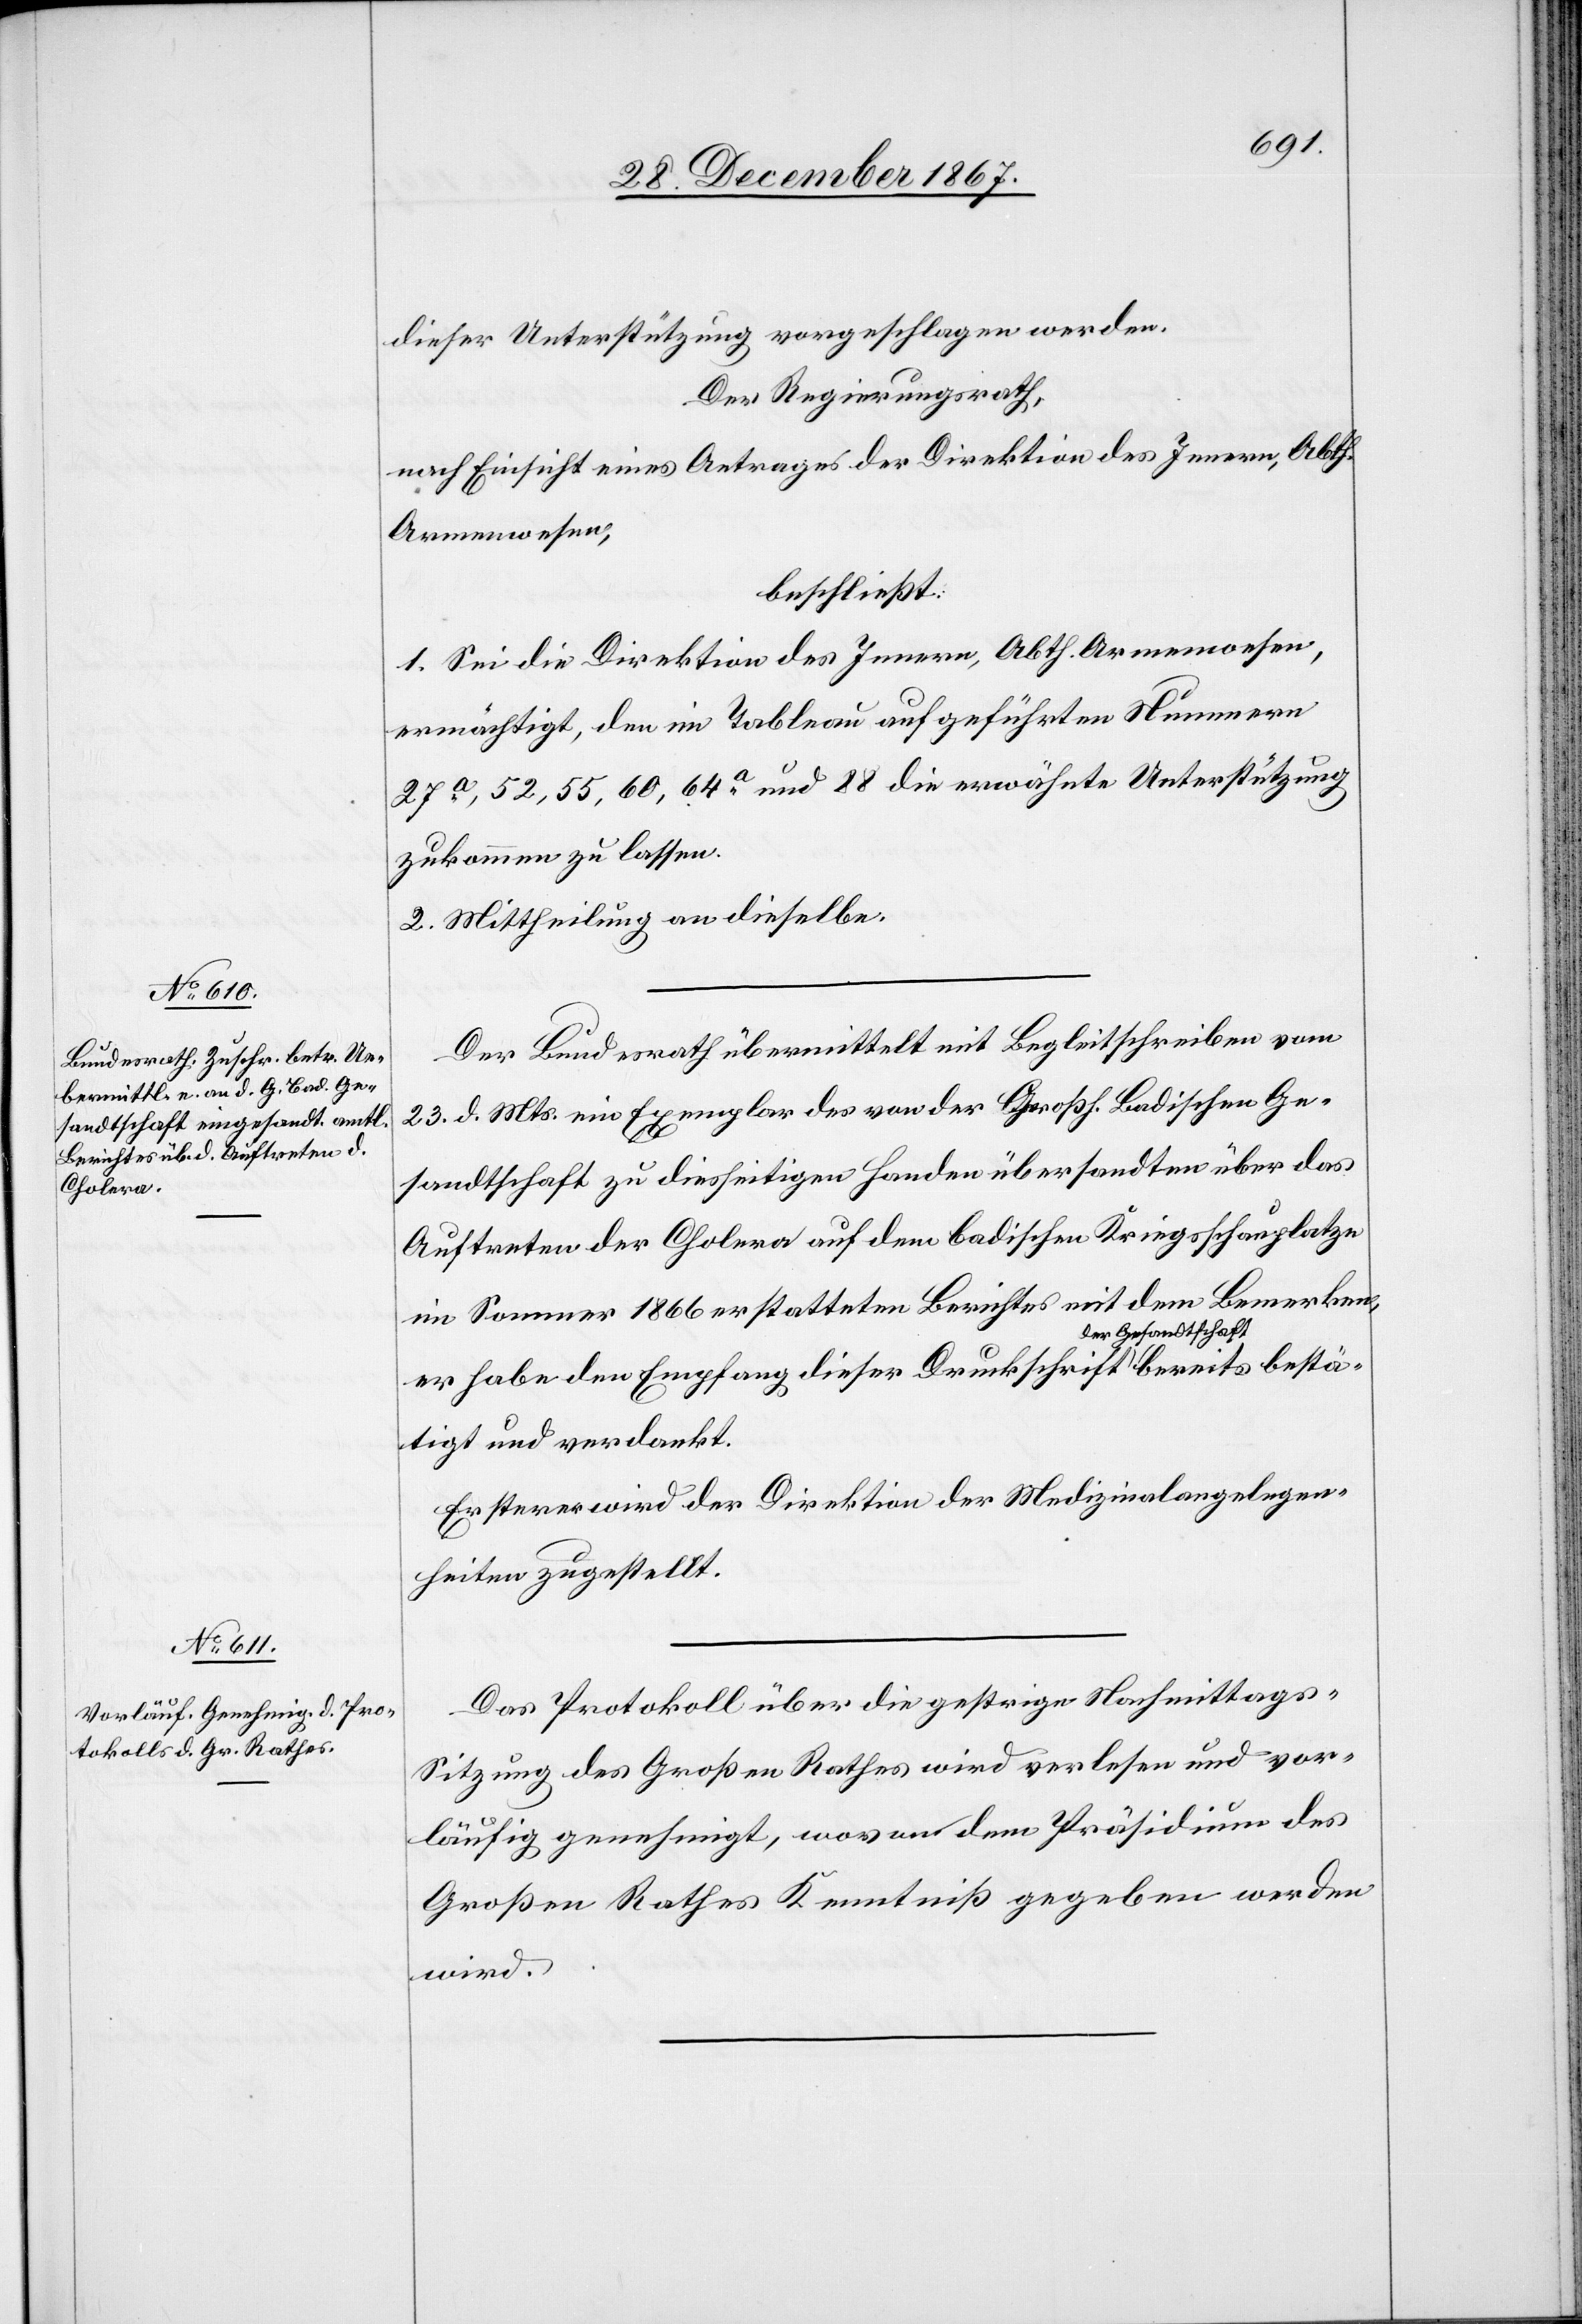
tschaft
best¬

dieser Unterstützung vorgeschlagen werden.
Der Regierungsrath,
nach Einsicht eines Antrages der Direktion des Innern, Abth.
Armenwesen,
beschließt:
1. Sei die Direktion des Innern, Abth. Armenwesen,
ermächtigt, den im Tableau aufgeführten Nummern
27a,. 52, 55, 60, 64a und 88 die erwähnte Unterstützung
zukommen zu lassen.
2. Mittheilung an dieselbe.
Der Bundesrath übermittelt mit Begleitschreiben vom
23. d. Mts. ein Exemplar des von der Großh. Badischen Ge¬
sandtschaft zu diesseitigen Handen übersandten über das
Auftreten der Cholera auf dem badischen Kriegsschauplatze
im Sommer 1866 erstatteten Berichtes mit dem Bemerken,
er habe den Empfang dieser Druckschrift der Gesand¬
ätigt und verdankt.
Erstere wird der Direktion der Medizinalangelegen¬
heiten zugestellt.
Das Protokoll über die gestrige Nachmittags-S¬
itzung des Großen Rathes wird verlesen und vor¬
läufig genehmigt, wovon dem Präsidium des
Großen Rathes Kenntniß gegeben werden
wird